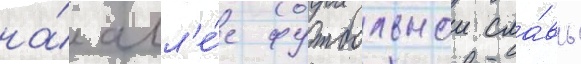
на́ алл'е́е футбольнои сла́вы